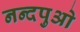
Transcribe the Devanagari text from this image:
नन्दपुओ